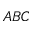
A B C